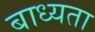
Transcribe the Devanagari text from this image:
बाध्‍यता